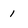
Character: 1